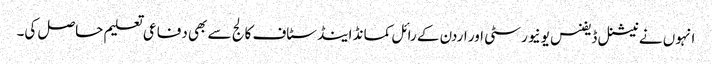
انہوں نے نیشنل ڈیفنس یونیورسٹی اور اردن کے رائل کمانڈ اینڈ سٹاف کالج سے بھی دفاعی تعلیم حاصل کی۔